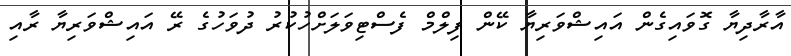
އާރާދިޔާ ގޮވައިގެން އައިޝްވަރިޔާ ކޭން ފިލްމް ފެސްޓިވަލަށްހުކުރު ދުވަހުގެ ރޭ އައިޝްވަރިޔާ ރާއި